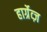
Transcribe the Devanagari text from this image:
हार्ग्रेव्ज़